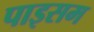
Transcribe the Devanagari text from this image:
पाइसम